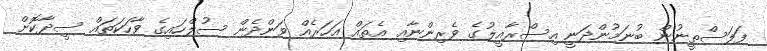
ފަލަސްތީނުން ބުނަމުންދަނީ އިސްރާއީލުގެ ވެރިންނާއި އެތައް އަހަރެއް ވަންދެން ސުލްހައިގެ ވާހަކަތައް ސީދާކޮށް